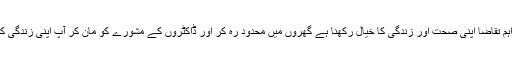
چیئرمین پیپلزپارٹی نے کہا کہ اس وقت سب سے اہم تقاضا اپنی صحت اور زندگی کا خیال رکھنا ہے گھروں میں محدود رہ کر اور ڈاکٹروں کے مشورے کو مان کر آپ اپنی زندگی کو بھی محفوظ بنا سکتے ہیں اور دوسروں کی گھی۔